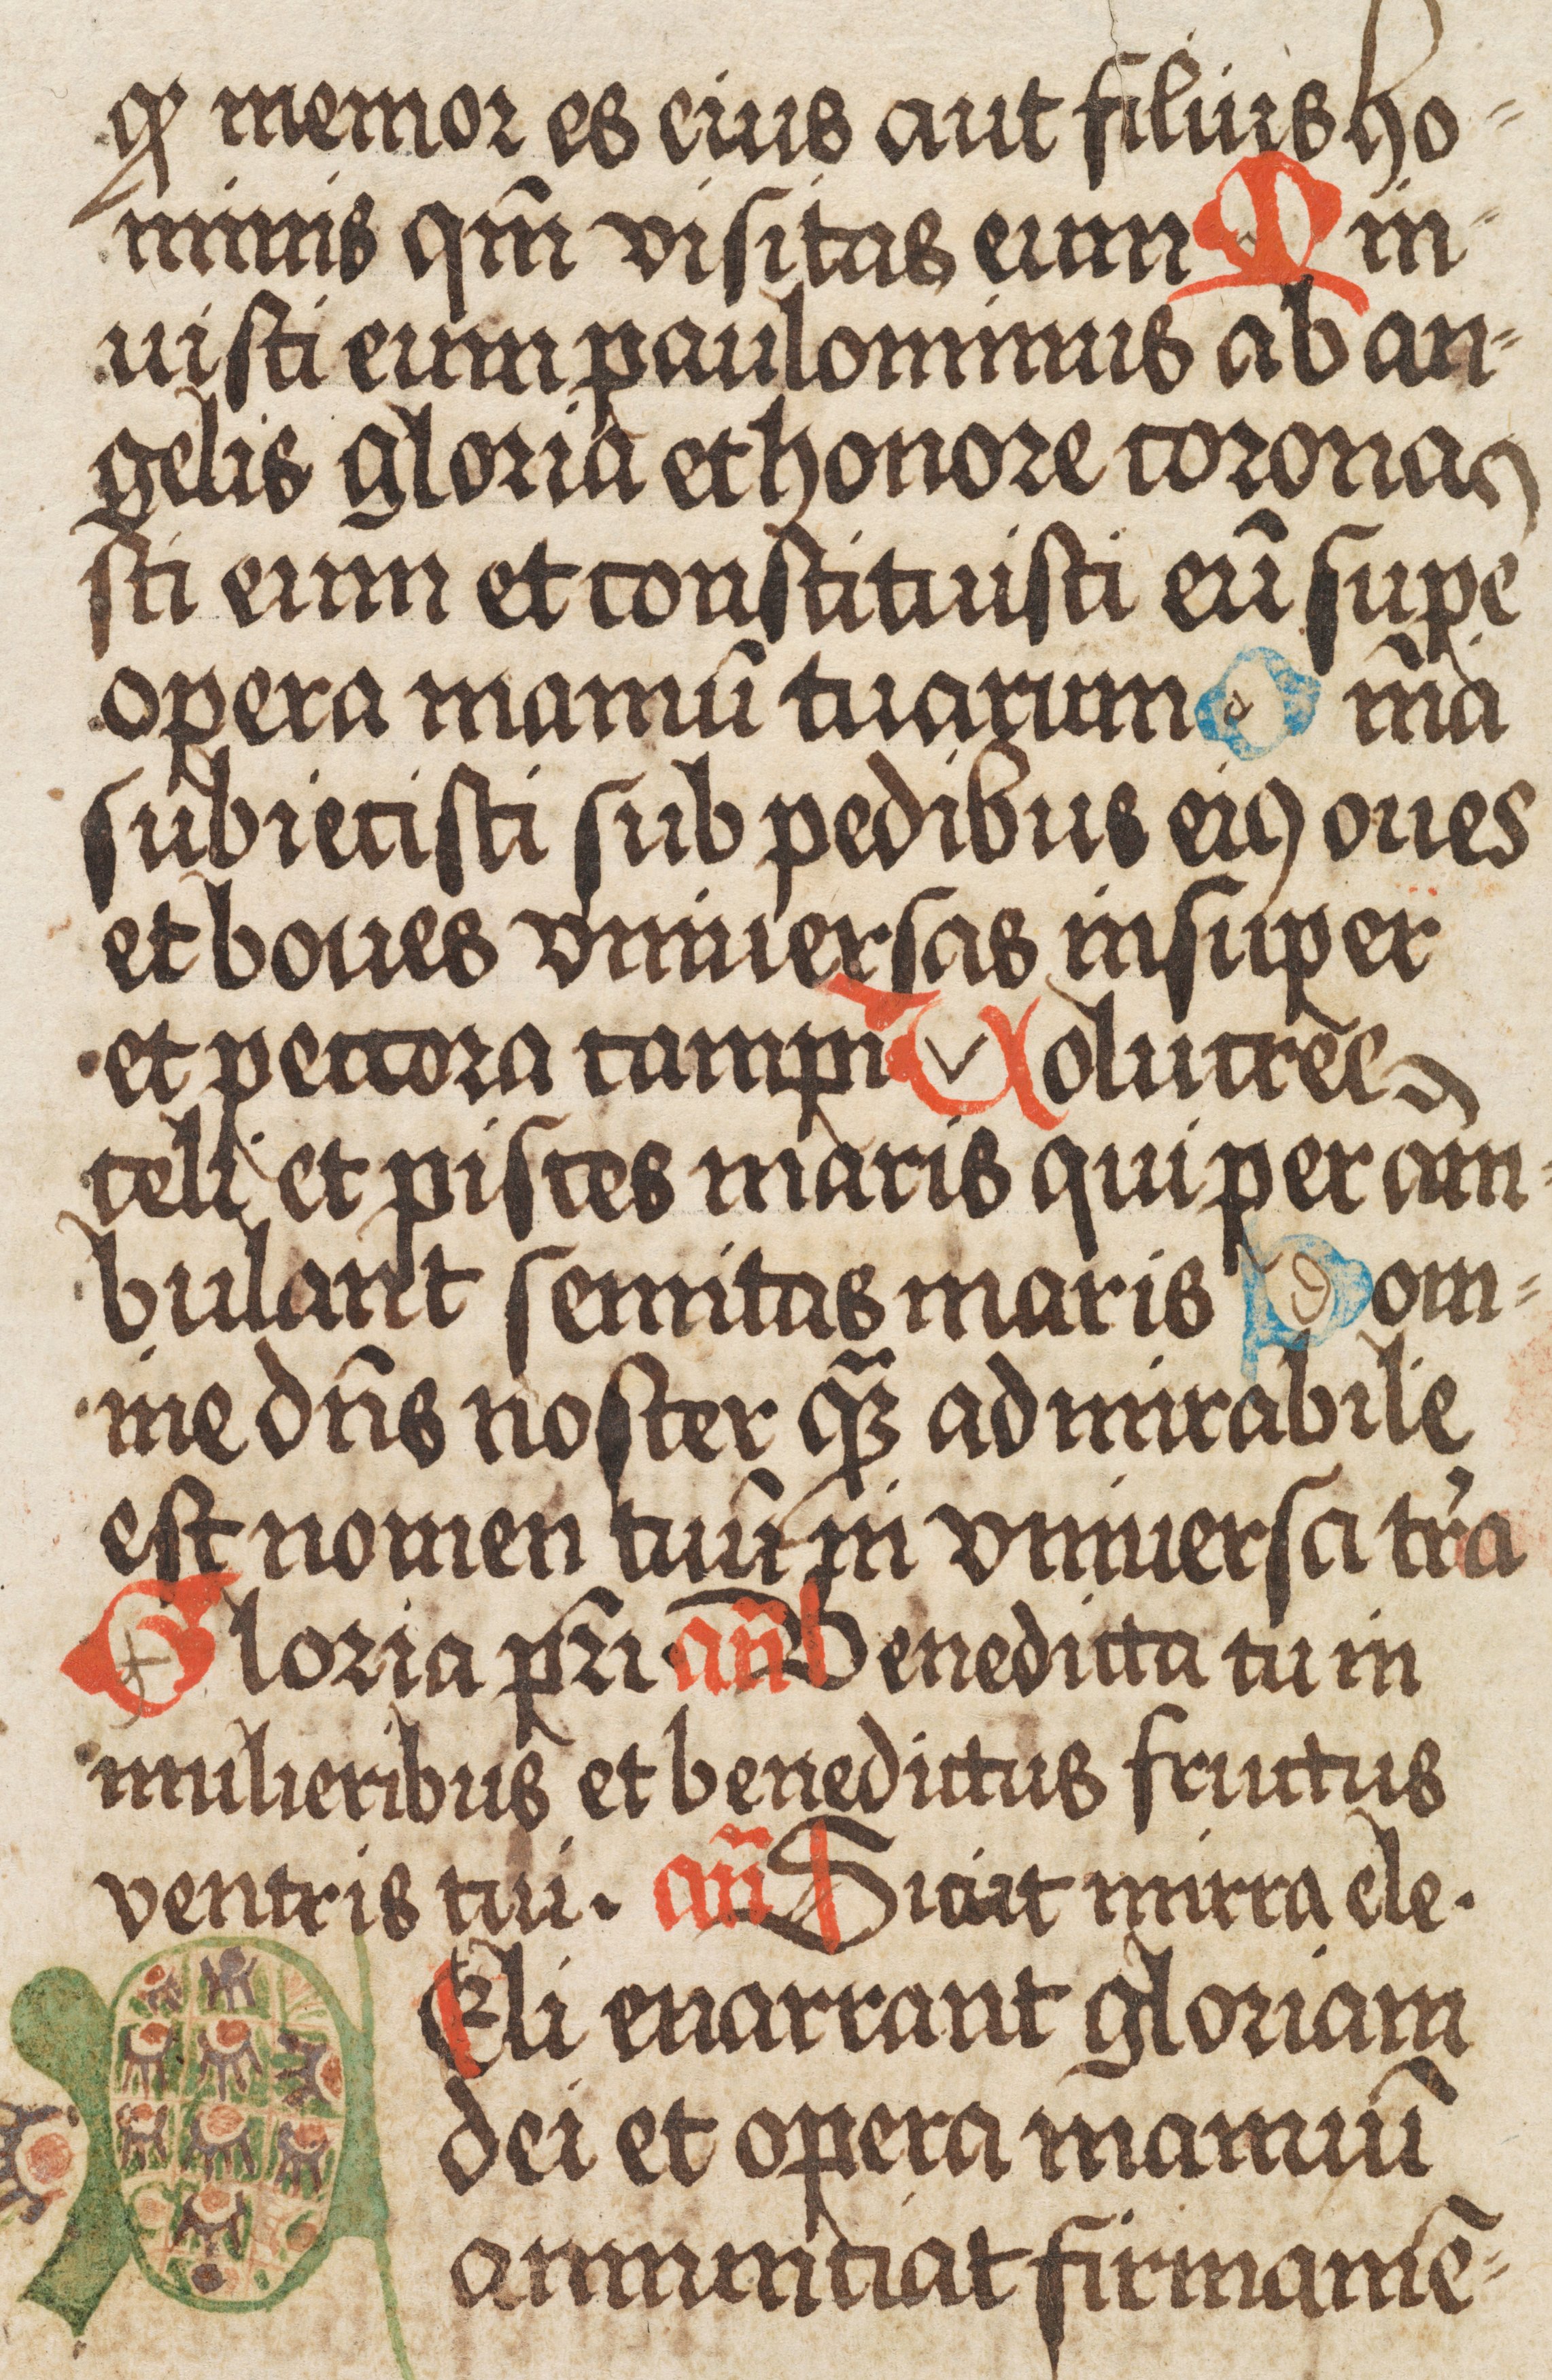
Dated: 1500–1524